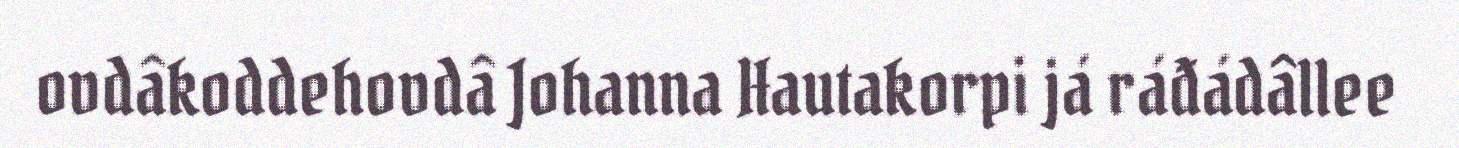
ovdâkoddehovdâ Johanna Hautakorpi já ráđádâllee